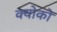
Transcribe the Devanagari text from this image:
क्योको